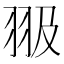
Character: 𦐏